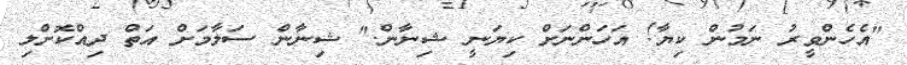
"އެހެންވީރު ނަމުން ކިޔާ! އަހަންނަށް ކިޔަނީ ޝިނާން." ޝިނާން ސަލާމަށް އަތް ދިއްކޮށްލި